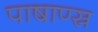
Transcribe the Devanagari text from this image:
पाषाण्स्र